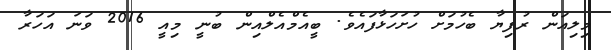
މިލިއަން ރުފިޔާ ބެހުމަށް ހުށަހަޅާފައެވެ. ބީއެމްއެލްއިން ބުނީ މިއީ 2016 ވަނަ އަހަރާ